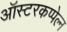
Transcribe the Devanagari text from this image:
ऑस्टरकप्पेल्न